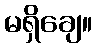
မရှိချေ။